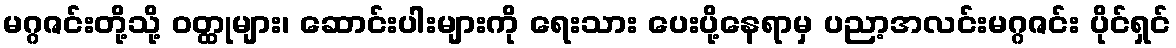
မဂ္ဂဇင်းတို့သို့ ဝတ္ထုများ၊ ဆောင်းပါးများကို ရေးသား ပေးပို့နေရာမှ ပညာ့အလင်းမဂ္ဂဇင်း ပိုင်ရှင်